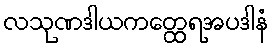
လသုဏဒါယကတ္ထေရအပဒါနံ